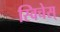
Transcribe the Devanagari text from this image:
स्विचेस्